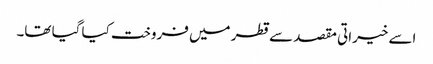
اسے خیراتی مقصد سے قطر میں فروخت کیا گیا تھا۔